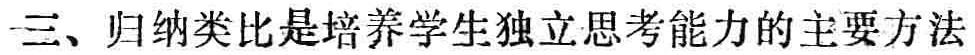
三、归纳类比是培养学生独立思考能力的主要方法